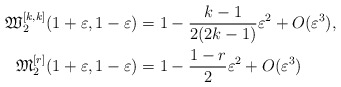
\begin{align*}\mathfrak{W}_2^{[k,k]}(1+\varepsilon,1-\varepsilon) & = 1 - \frac{k-1}{2(2k-1)}\varepsilon^2 + O(\varepsilon^3), \\\mathfrak{M}_2^{[r]}(1+\varepsilon,1-\varepsilon) & = 1 - \frac{1-r}{2}\varepsilon^2 + O(\varepsilon^3)\end{align*}